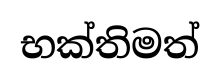
භක්තිමත්